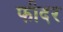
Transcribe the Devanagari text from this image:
फीदर